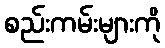
စည်းကမ်းများကို